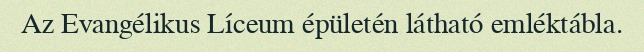
Az Evangélikus Líceum épületén látható emléktábla.